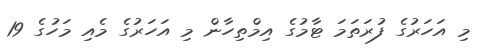
މި އަހަރުގެ ފުރަތަމަ ޓާމުގެ އިމްތިހާން މި އަހަރުގެ މެއި މަހުގެ 19